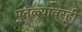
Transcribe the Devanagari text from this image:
पुतळ्यावरही